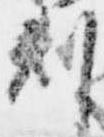
判